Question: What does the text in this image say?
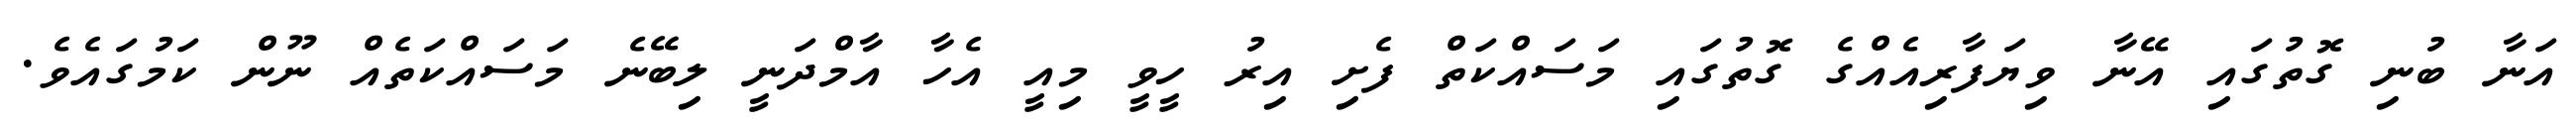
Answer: އަނާ ބުނި ގޮތުގައި އޭނާ ވިޔަފާރިއެއްގެ ގޮތުގައި މަސައްކަތް ފެށި އިރު ހީވީ މިއީ އެހާ އާމްދަނީ ލިބޭނެ މަސައްކަތެއް ނޫން ކަމުގައެވެ.